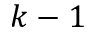
k - 1